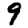
Digit: 9